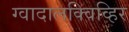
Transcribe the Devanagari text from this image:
ग्वादालक्विव्हिर